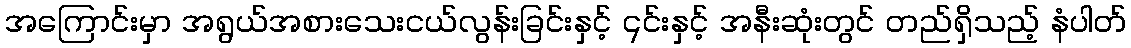
အကြောင်းမှာ အရွယ်အစားသေးငယ်လွန်းခြင်းနှင့် ၎င်းနှင့် အနီးဆုံးတွင် တည်ရှိသည့် နံပါတ်